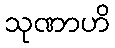
သုဏာဟိ